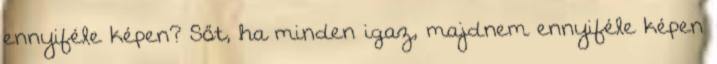
ennyiféle képen? Sőt, ha minden igaz, majdnem ennyiféle képen